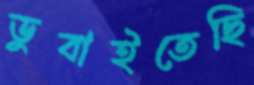
ডুবাইতেছি